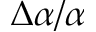
\Delta \alpha / \alpha